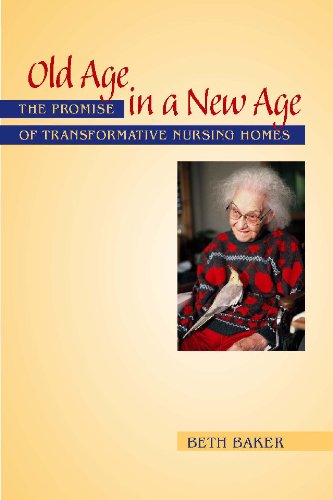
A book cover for Old Age in a New Age: The Promise of Transformative Nursing Homes; Beth Baker; Medical Books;